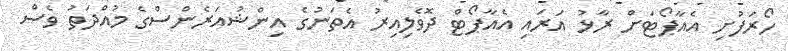
ހޯރަފުށި އެއާޕޯޓަށް ރާޅު އަރައި އެއާޕޯޓް ދޮވެލިއިރު އެތަނުގެ އިންޝުއަރެންސްގެ މުއްދަތު ވެސް